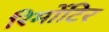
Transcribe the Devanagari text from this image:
रिमोंटिर